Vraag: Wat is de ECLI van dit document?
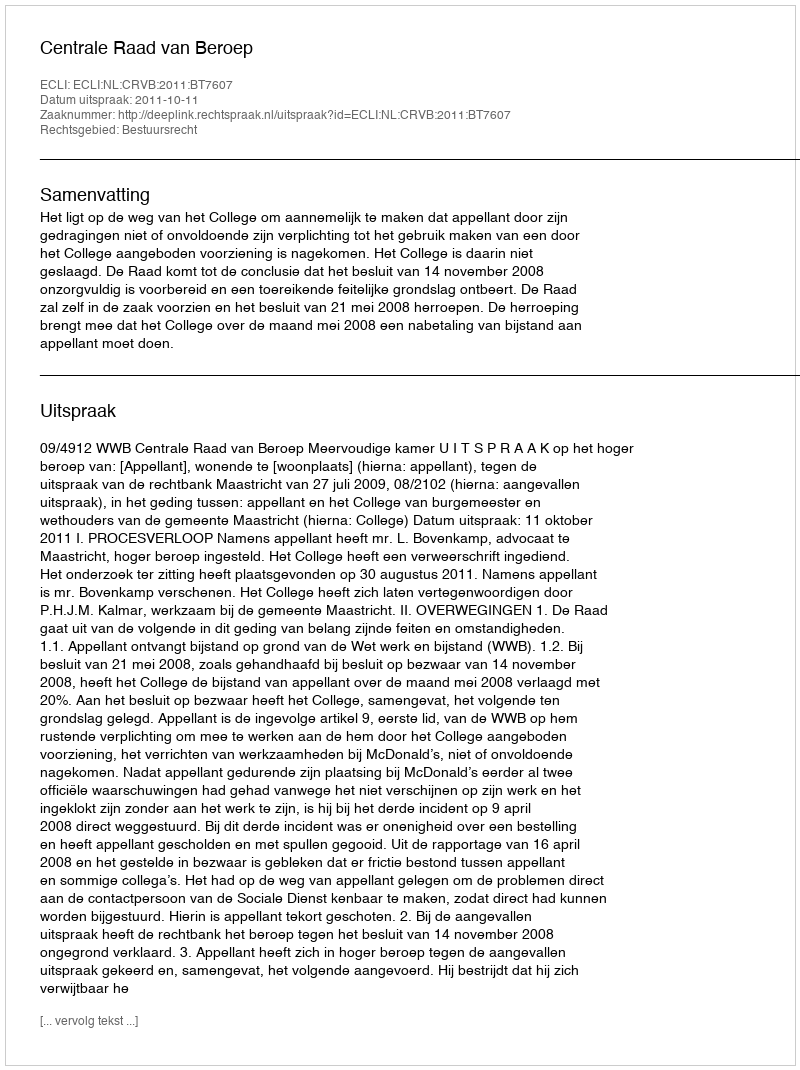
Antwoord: ECLI:NL:CRVB:2011:BT7607